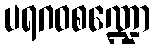
ပရဂဝစဏ္ဍော